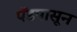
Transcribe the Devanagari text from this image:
पॅडपासून